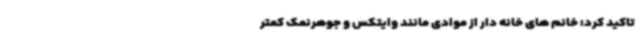
تاکید کرد: خانم های خانه دار از موادی مانند وایتکس و جوهرنمک کمتر